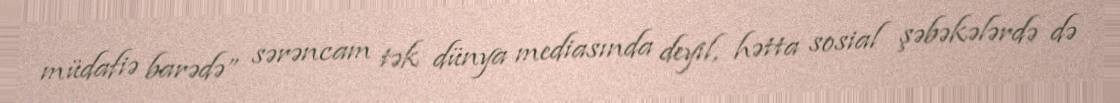
müdafiə barədə” sərəncam tək dünya mediasında deyil, hətta sosial şəbəkələrdə də